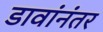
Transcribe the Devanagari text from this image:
डावांनंतर